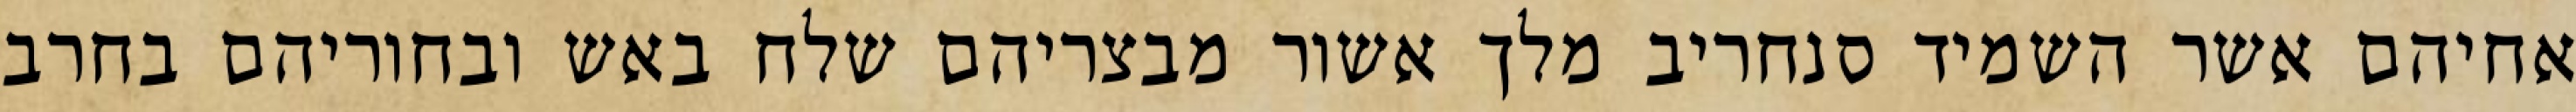
אחיהם אשר השמיד סנחריב מלך אשור מבצריהם שלח באש ובחוריהם בחרב